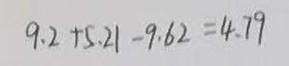
9 . 2 + 5 . 2 1 - 9 . 6 2 = 4 . 7 9